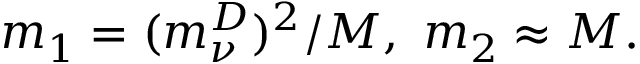
m _ { 1 } = { ( m _ { \nu } ^ { D } ) ^ { 2 } } / { \cal M } , \ m _ { 2 } \approx { \cal M } .